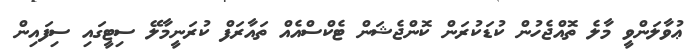
ޢުވާލަންވީ މާލެ ތޮއްޖެހުން ކުޑަކުރަން ކޮންޖެޝަން ޓެކްސްއެއް ތައާރަފް ކުރަނީމާލޭ ސިޓީގައި ސިފައިން